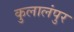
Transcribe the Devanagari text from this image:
कुलालंपुर